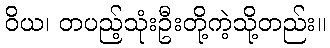
ဝိယ၊ တပည့်သုံးဦးတို့ကဲ့သို့တည်း။